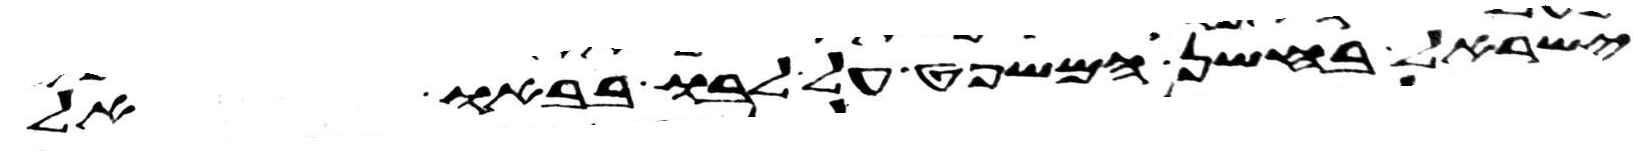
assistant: ישראל בחשן המשפט על לבו בבאו אל